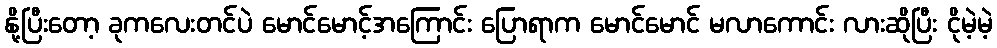
နို့ပြီးတော့ ခုကလေးတင်ပဲ မောင်မောင့်အကြောင်း ပြောရာက မောင်မောင် မလာကောင်း လားဆိုပြီး ငိုမဲ့မဲ့